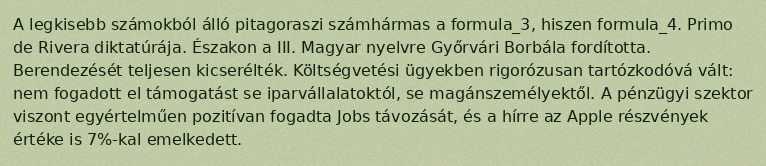
A legkisebb számokból álló pitagoraszi számhármas a formula_3, hiszen formula_4. Primo de Rivera diktatúrája. Északon a III. Magyar nyelvre Győrvári Borbála fordította. Berendezését teljesen kicserélték. Költségvetési ügyekben rigorózusan tartózkodóvá vált: nem fogadott el támogatást se iparvállalatoktól, se magánszemélyektől. A pénzügyi szektor viszont egyértelműen pozitívan fogadta Jobs távozását, és a hírre az Apple részvények értéke is 7%-kal emelkedett.